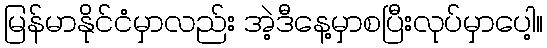
မြန်မာနိုင်ငံမှာလည်း အဲ့ဒီနေ့မှာစပြီးလုပ်မှာပေါ့။